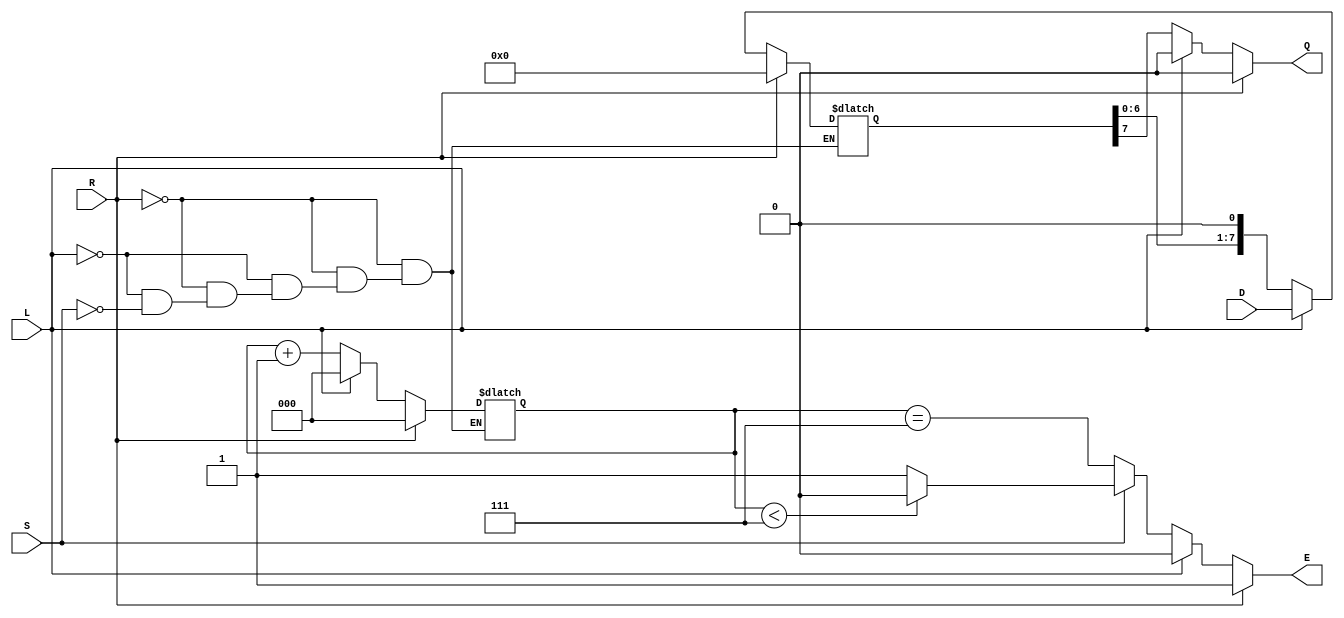
module PISO_Register (
    input wire [7:0] D,     // Parallel Data Input
    input wire L,           // Load Control Signal
    input wire S,           // Shift Control Signal
    input wire R,           // Asynchronous Reset Signal
    output reg Q,           // Serial Output
    output reg E            // Empty Flag
);

    reg [7:0] SR;           // Shift Register
    reg [2:0] CNT;          // Counter for bits shifted out

    // Asynchronous Reset and Load Logic
    always @(*) begin
        if (R) begin
            // Asynchronous reset
            SR = 8'b0;
            CNT = 3'b0;
            Q = 1'b0;
            E = 1'b1; // Register is empty after reset
        end else if (L) begin
            // Load data into shift register
            SR = D;
            CNT = 3'b0; // Reset counter
            Q = 1'b0;   // Output is not valid until shifted
            E = 1'b0;   // Register is not empty
        end else if (S) begin
            // Shift operation
            if (CNT < 3'b111) begin // Check if we have not shifted all bits
                Q = SR[7];         // Output the MSB
                SR = {SR[6:0], 1'b0}; // Shift right
                CNT = CNT + 1;    // Increment counter
                E = 1'b0;         // Register is not empty
            end else begin
                Q = SR[7];         // Output the last bit
                SR = {SR[6:0], 1'b0}; // Shift right
                CNT = CNT + 1;    // Increment counter
                E = 1'b1;         // Register is empty after last bit
            end
        end else begin
            // Default state when no control signals are active
            Q = SR[7];             // Maintain current output
            E = (CNT == 3'b111);   // Update empty flag based on counter
        end
    end
endmodule